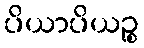
ပိယာပိယဉ္စ